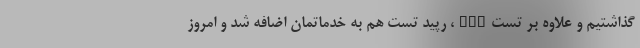
گذاشتیم و علاوه بر تستPCR، رپید تست هم به خدماتمان اضافه شد و امروز